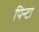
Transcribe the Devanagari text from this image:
पिन्टा